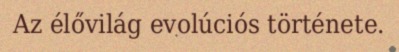
Az élővilág evolúciós története.